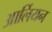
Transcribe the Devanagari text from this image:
आर्लियन